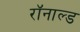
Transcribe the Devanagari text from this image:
रॉनाल्ड